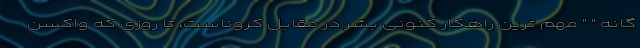
گانه " " مهم ترین راهکار کنونی بشر در مقابل کروناست، تا روزی که واکسن